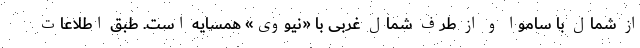
از شمال با ساموا و از طرف شمال غربی با «نیووی» همسایه است. طبق اطلاعات